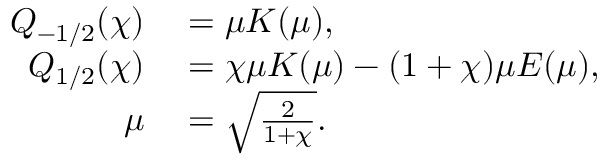
\begin{array} { r l } { Q _ { - 1 / 2 } ( \chi ) } & { { } = \mu K ( \mu ) , } \\ { Q _ { 1 / 2 } ( \chi ) } & { { } = \chi \mu K ( \mu ) - ( 1 + \chi ) \mu E ( \mu ) , } \\ { \mu } & { { } = \sqrt { \frac { 2 } { 1 + \chi } } . } \end{array}